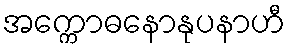
အက္ကောဓနောနုပနာဟီ